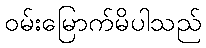
ဝမ်းမြောက်မိပါသည်